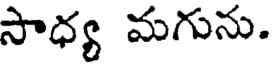
సాధ్య మగును.